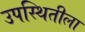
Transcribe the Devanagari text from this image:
उपस्थितीला